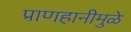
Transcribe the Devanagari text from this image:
प्राणहानीमुळे